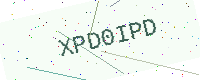
Text: XPD0IPD